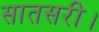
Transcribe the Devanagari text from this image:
सातसरी।